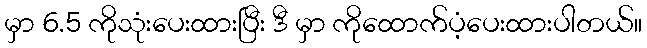
မှာ 6.5 ကိုသုံးပေးထားပြီး ဒီ မှာ ကိုထောက်ပံ့ပေးထားပါတယ်။